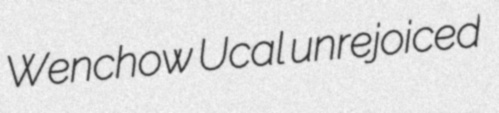
Wenchow Ucal unrejoiced